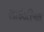
સાઇડરિયલ